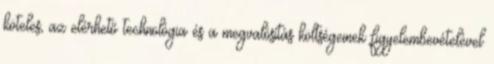
köteles, az elérhető technológia és a megvalósítás költségeinek figyelembevételével